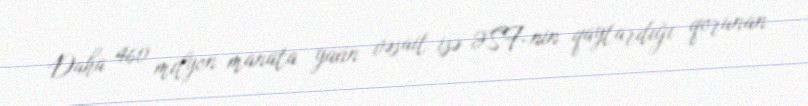
Daha 460 milyon manata yaxın vəsait isə ƏSF-nin qaytardığı qorunan